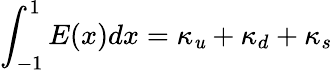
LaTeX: \int_{-1}^{1}E(x)dx=\kappa_{\mathit{u}}+\kappa_{d}+\kappa_{s}